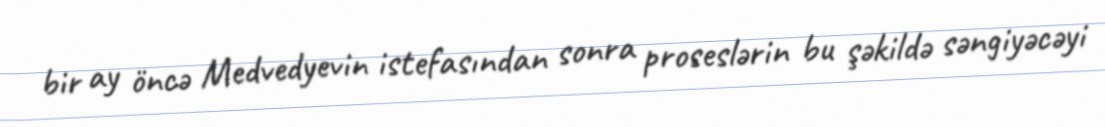
bir ay öncə Medvedyevin istefasından sonra proseslərin bu şəkildə səngiyəcəyi